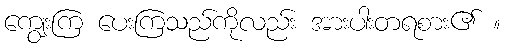
ကျွေးကြ ပေးကြသည်ကိုလည်း အားပါးတရစား၏ ။